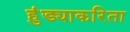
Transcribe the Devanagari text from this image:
हुंड्याकरिता